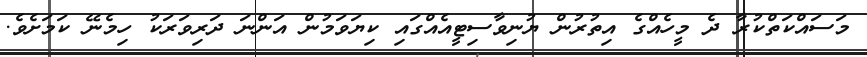
މަސައްކަތްކުރާ ދެ މީހެއްގެ އިތުރުން ޔުނިވާސިޓީއެއްގައި ކިޔަވަމުން އަންނަ ދަރިވަރަކު ހިމެނޭ ކަމަށެވެ.